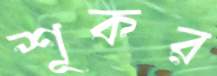
শূকর